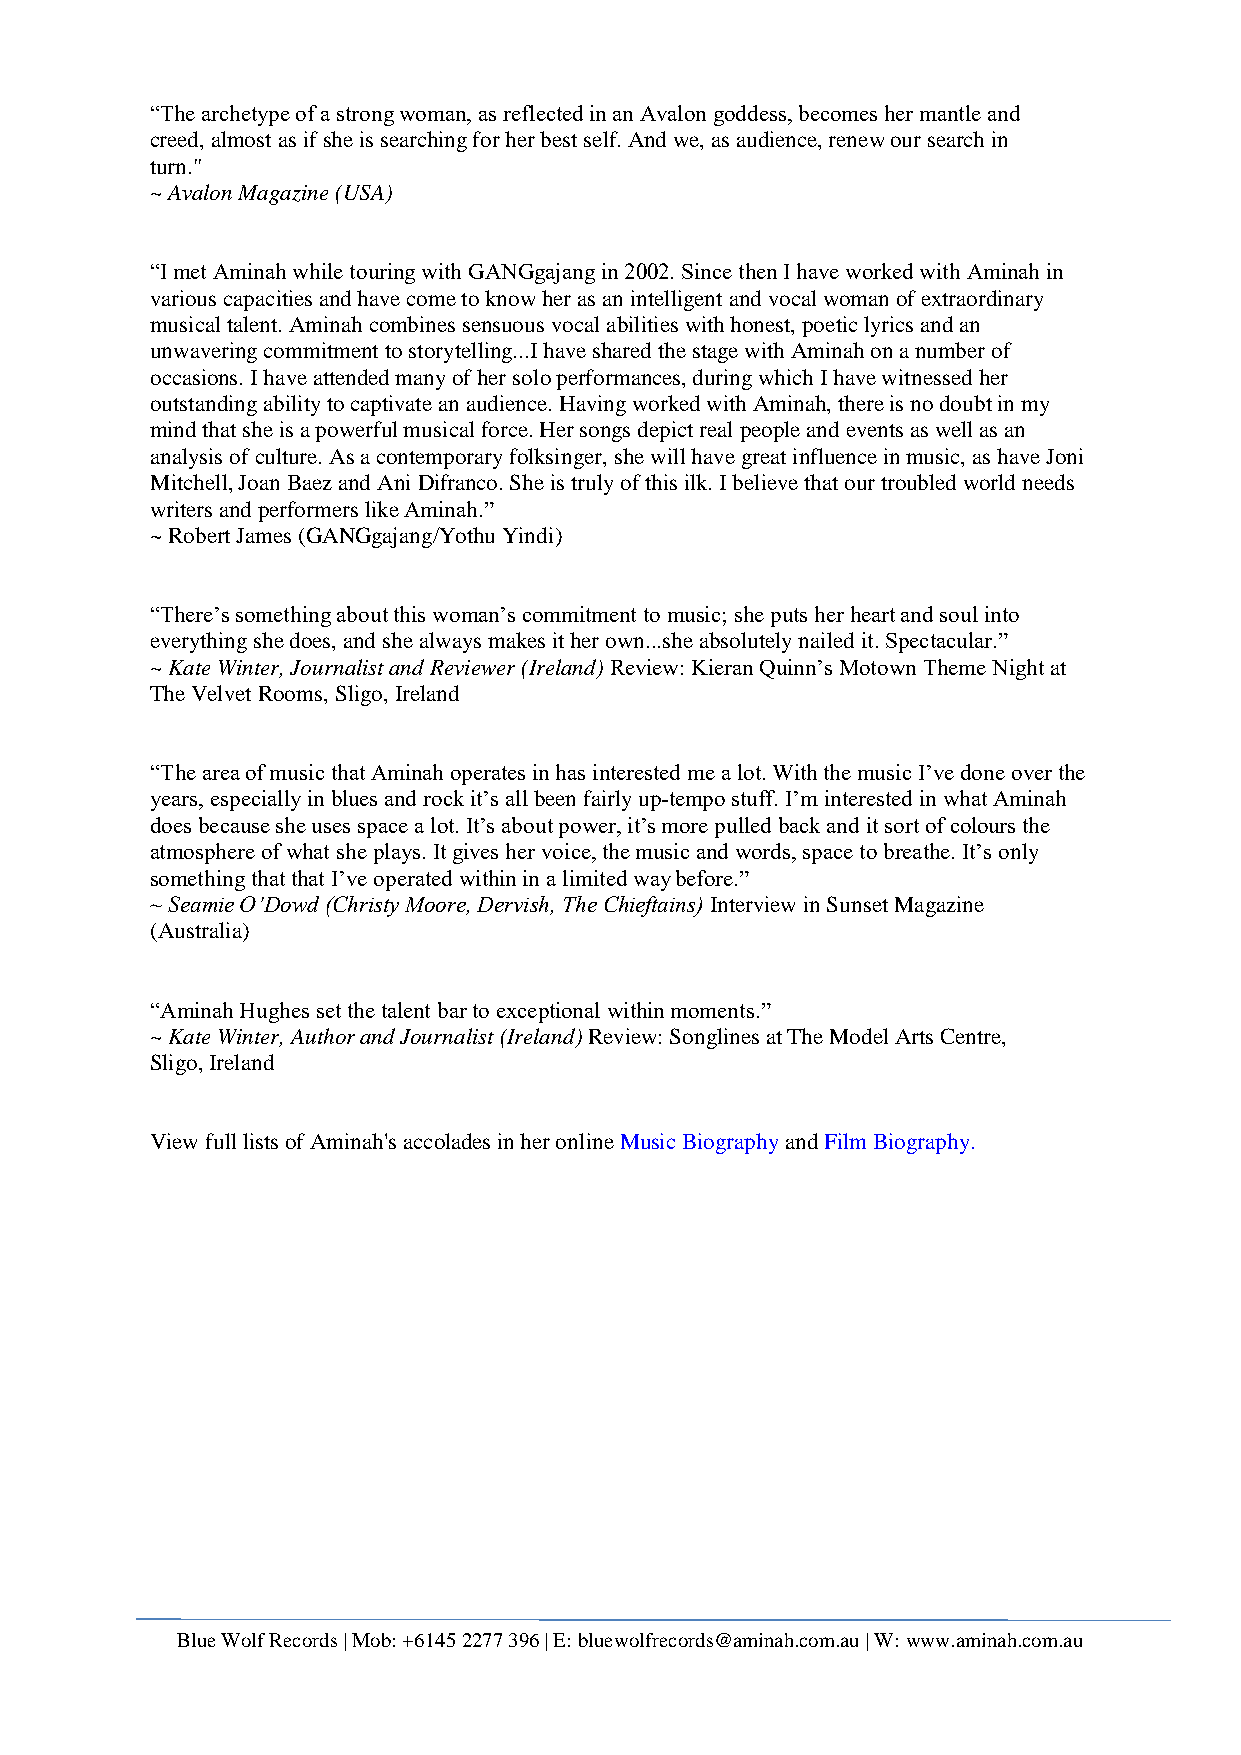
“The archetype of a strong woman, as reflected in an Avalon goddess, becomes her mantle and
 creed, almost as if she is searching for her best self. And we, as audience, renew our search in
 turn."
 ~ Avalon Magazine (USA)
 “I met Aminah while touring with GANGgajang in 2002. Since then I have worked with Aminah in
 various capacities and have come to know her as an intelligent and vocal woman of extraordinary
 musical talent. Aminah combines sensuous vocal abilities with honest, poetic lyrics and an
 unwavering commitment to storytelling...I have shared the stage with Aminah on a number of
 occasions. I have attended many of her solo performances, during which I have witnessed her
 outstanding ability to captivate an audience. Having worked with Aminah, there is no doubt in my
 mind that she is a powerful musical force. Her songs depict real people and events as well as an
 analysis of culture. As a contemporary folksinger, she will have great influence in music, as have Joni
 Mitchell, Joan Baez and Ani Difranco. She is truly of this ilk. I believe that our troubled world needs
 writers and performers like Aminah.”
 ~ Robert James (GANGgajang/Yothu Yindi)
 “There’s something about this woman’s commitment to music; she puts her heart and soul into
 everything she does, and she always makes it her own...she absolutely nailed it. Spectacular.”
 ~ Kate Winter, Journalist and Reviewer (Ireland) Review: Kieran Quinn’s Motown Theme Night at
 The Velvet Rooms, Sligo, Ireland
 “The area of music that Aminah operates in has interested me a lot. With the music I’ve done over the
 years, especially in blues and rock it’s all been fairly up-tempo stuff. I’m interested in what Aminah
 does because she uses space a lot. It’s about power, it’s more pulled back and it sort of colours the
 atmosphere of what she plays. It gives her voice, the music and words, space to breathe. It’s only
 something that that I’ve operated within in a limited way before.”
 ~ Seamie O’Dowd (Christy Moore, Dervish, The Chieftains) Interview in Sunset Magazine
 (Australia)
 “Aminah Hughes set the talent bar to exceptional within moments.”
 ~ Kate Winter, Author and Journalist (Ireland) Review: Songlines at The Model Arts Centre,
 Sligo, Ireland
 View full lists of Aminah's accolades in her online Music Biography and Film Biography.
 Blue Wolf Records | Mob: +6145 2277 396 | E: bluewolfrecords@aminah.com.au | W: www.aminah.com.au